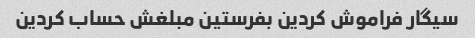
سیگار فراموش کردین بفرستین مبلغش حساب کردین